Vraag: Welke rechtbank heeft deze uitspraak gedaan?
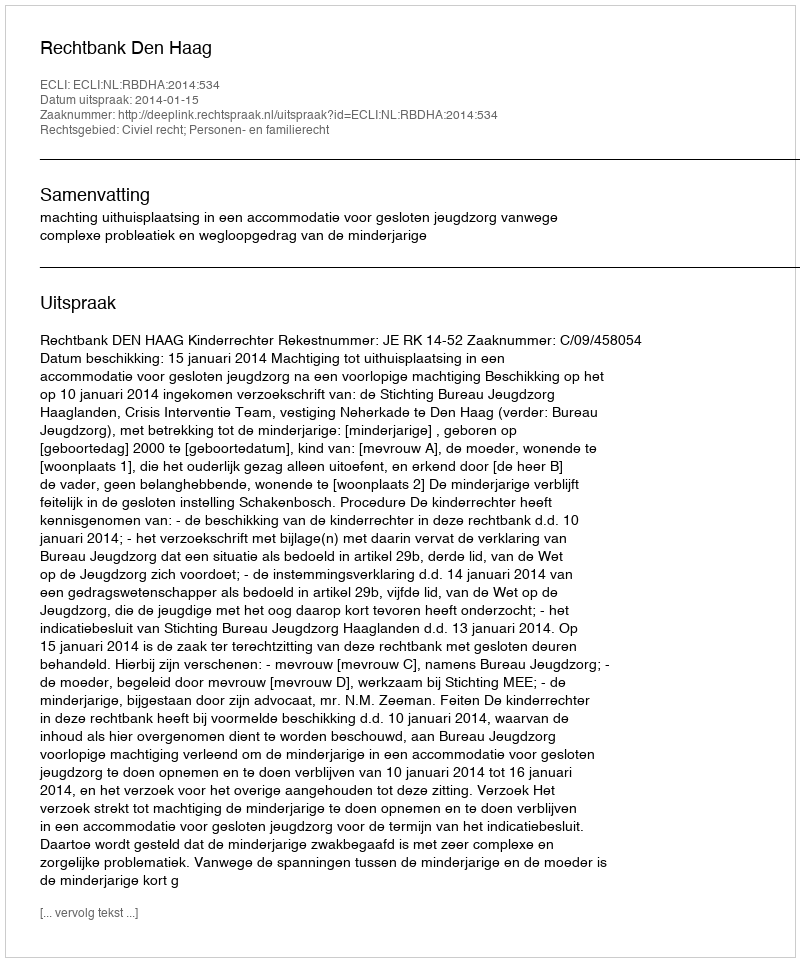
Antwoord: Rechtbank Den Haag